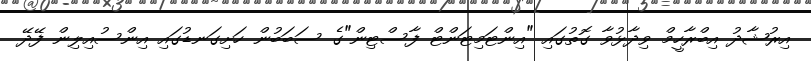
އިރުޝާދު އިބްރާހީމް ވިދާޅުވާ ގޮތުގައި "އިންޓަމިޓަންޓް ފާސްޓިން"ގެ ސަބަބުން ހަށިގަނޑުގައި އިންސުއިލިން ފޭދޭ